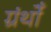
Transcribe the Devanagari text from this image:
ग्रंथोँ